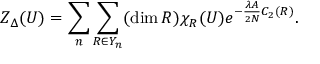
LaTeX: Z _ { \Delta } ( U ) = \sum _ { n } \sum _ { R \in Y _ { n } } ( \dim R ) \chi _ { R } ( U ) e ^ { - \frac { \lambda A } { 2 N } C _ { 2 } ( R ) } .